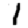
Digit: 1